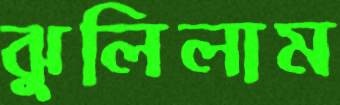
ঝুলিলাম